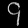
Digit: ၄